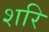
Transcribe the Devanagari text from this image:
शरि